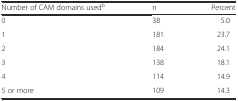
| Number of CAM domains usedb | n | Percent |
 | --- | --- | --- |
 | 0 | 38 | 5.0 |
 | 1 | 181 | 23.7 |
 | 2 | 184 | 24.1 |
 | 3 | 138 | 18.1 |
 | 4 | 114 | 14.9 |
 | 5 or more | 109 | 14.3 |